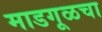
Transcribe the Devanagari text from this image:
माडगूळचा